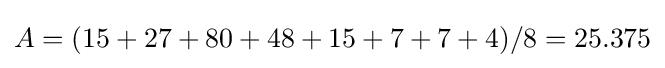
A=(15+27+80+48+15+7+7+4)/8=25.375